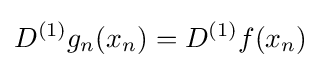
D^{(1)}g_{n}(x_{n})=D^{(1)}f(x_{n})